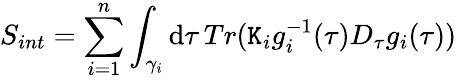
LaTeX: S_{int}=\sum_{i=1}^{n}\int_{\gamma_{i}}\mathrm{d}\tau\, Tr(\mathtt{K}_{i}g_{i}^{-1}(\tau)D_{\tau}g_{i}(\tau))